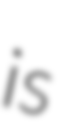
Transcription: is